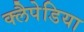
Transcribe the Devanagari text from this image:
क्लैपेडिया